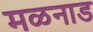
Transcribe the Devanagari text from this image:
मळनाड